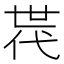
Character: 𠁀